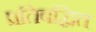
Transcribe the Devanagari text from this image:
प्रतिबद्धित